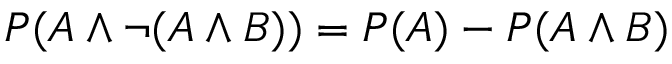
P ( A \land \neg ( A \land B ) ) = P ( A ) - P ( A \land B )